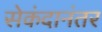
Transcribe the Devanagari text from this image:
सेकंदानंतर